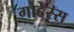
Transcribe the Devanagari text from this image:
गोद्देस्स